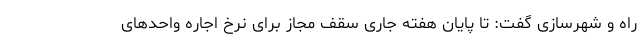
راه و شهرسازی گفت: تا پایان هفته جاری سقف مجاز برای نرخ اجاره واحدهای